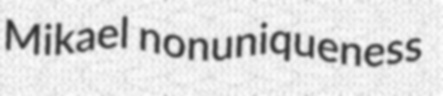
Mikael nonuniqueness